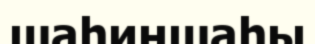
шаһиншаһы